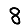
Digit: 8